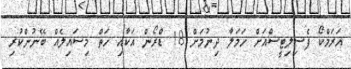
އަރަމްކޯ ފެސިލިޓީސްއަށް ހަމަލާ ދިނުމަށް 18 ޑްރޯން އަކާއި ހަތް މިސައިލެއް ބޭނުންކުރި